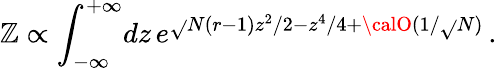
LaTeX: {\cal\mathbb{Z}}\propto\int_{-\infty}^{+\infty}\! dz\, e^{\sqrt{}{{N}}(r-1)z^{2}/2-z^{4}/4+{\calO}(1/\sqrt{}{{N}})}\, .